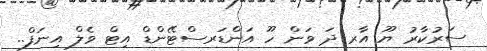
ސަރުކާރު ޔޫ އާރ ދަ ވަން ހޫ އަންޑަރސްޓޭންޑް އިޓް ވެލް އިނަފް..